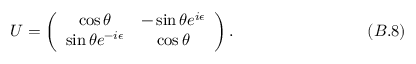
U = \left( \begin{array} { c c } { { \cos { \theta } } } & { { - \sin { \theta } e ^ { i { \epsilon } } } } \\ { { \sin { \theta } e ^ { - i { \epsilon } } } } & { { \cos { \theta } } } \end{array} \right) . \eqno ( B . 8 )